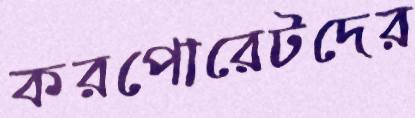
করপোরেটদের